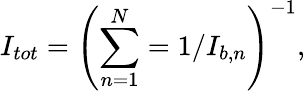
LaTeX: I_{tot}=\left(\sum_{n=1}^{N}=1/I_{b,n}\right)^{-1},